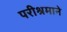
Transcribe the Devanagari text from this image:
परीश्रमाने